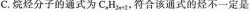
C.烷烃分子的通式动二。能烷烃